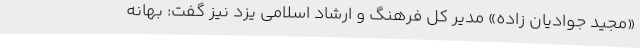
«مجید جوادیان زاده» مدیر کل فرهنگ و ارشاد اسلامی یزد نیز گفت: بهانه